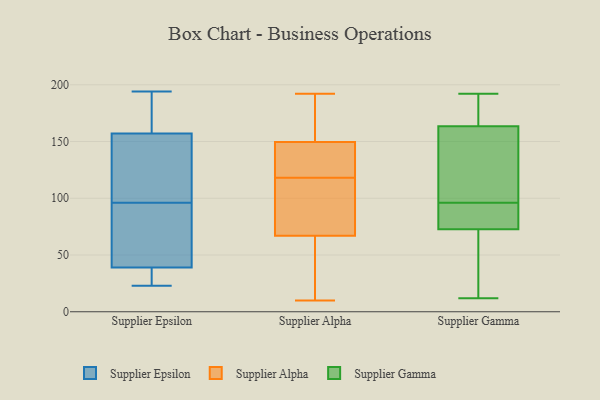
{"axis": {"x": "Latency (ms)", "y": "Value"}, "legend": ["Supplier Alpha", "Supplier Epsilon", "Supplier Gamma"], "data": [{"x": "", "y": 143, "type": "Supplier Epsilon"}, {"x": "", "y": 34, "type": "Supplier Epsilon"}, {"x": "", "y": 153, "type": "Supplier Epsilon"}, {"x": "", "y": 108, "type": "Supplier Epsilon"}, {"x": "", "y": 23, "type": "Supplier Epsilon"}, {"x": "", "y": 81, "type": "Supplier Epsilon"}, {"x": "", "y": 23, "type": "Supplier Epsilon"}, {"x": "", "y": 111, "type": "Supplier Epsilon"}, {"x": "", "y": 51, "type": "Supplier Epsilon"}, {"x": "", "y": 194, "type": "Supplier Epsilon"}, {"x": "", "y": 176, "type": "Supplier Epsilon"}, {"x": "", "y": 41, "type": "Supplier Epsilon"}, {"x": "", "y": 182, "type": "Supplier Epsilon"}, {"x": "", "y": 124, "type": "Supplier Epsilon"}, {"x": "", "y": 161, "type": "Supplier Epsilon"}, {"x": "", "y": 37, "type": "Supplier Epsilon"}, {"x": "", "y": 66, "type": "Supplier Epsilon"}, {"x": "", "y": 84, "type": "Supplier Epsilon"}, {"x": "", "y": 24, "type": "Supplier Epsilon"}, {"x": "", "y": 189, "type": "Supplier Epsilon"}, {"x": "", "y": 121, "type": "Supplier Alpha"}, {"x": "", "y": 131, "type": "Supplier Alpha"}, {"x": "", "y": 33, "type": "Supplier Alpha"}, {"x": "", "y": 121, "type": "Supplier Alpha"}, {"x": "", "y": 59, "type": "Supplier Alpha"}, {"x": "", "y": 115, "type": "Supplier Alpha"}, {"x": "", "y": 140, "type": "Supplier Alpha"}, {"x": "", "y": 166, "type": "Supplier Alpha"}, {"x": "", "y": 52, "type": "Supplier Alpha"}, {"x": "", "y": 188, "type": "Supplier Alpha"}, {"x": "", "y": 10, "type": "Supplier Alpha"}, {"x": "", "y": 159, "type": "Supplier Alpha"}, {"x": "", "y": 192, "type": "Supplier Alpha"}, {"x": "", "y": 113, "type": "Supplier Alpha"}, {"x": "", "y": 75, "type": "Supplier Alpha"}, {"x": "", "y": 95, "type": "Supplier Alpha"}, {"x": "", "y": 192, "type": "Supplier Gamma"}, {"x": "", "y": 96, "type": "Supplier Gamma"}, {"x": "", "y": 12, "type": "Supplier Gamma"}, {"x": "", "y": 76, "type": "Supplier Gamma"}, {"x": "", "y": 47, "type": "Supplier Gamma"}, {"x": "", "y": 162, "type": "Supplier Gamma"}, {"x": "", "y": 182, "type": "Supplier Gamma"}, {"x": "", "y": 168, "type": "Supplier Gamma"}, {"x": "", "y": 130, "type": "Supplier Gamma"}, {"x": "", "y": 87, "type": "Supplier Gamma"}, {"x": "", "y": 106, "type": "Supplier Gamma"}, {"x": "", "y": 81, "type": "Supplier Gamma"}, {"x": "", "y": 63, "type": "Supplier Gamma"}]}